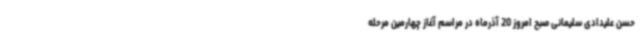
حسن علیدادی سلیمانی صبح امروز 20 آذرماه در مراسم آغاز چهارمین مرحله